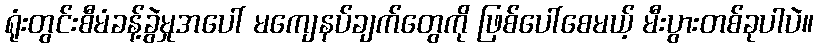
ရုံးတွင်းစီမံခန့်ခွဲမှုအပေါ် မကျေနပ်ချက်တွေကို ဖြစ်ပေါ်စေမယ့် မီးပွားတစ်ခုပါပဲ။